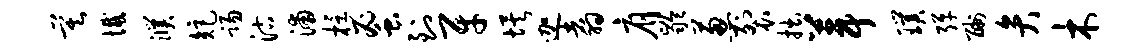
莫憾濮矩踢沽浦桴蜜到牙埃迦翥肩龄葱裂拙葺璞弹酬弁木